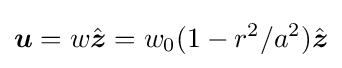
{\boldsymbol {u}}=w{\hat {\boldsymbol {z}}}=w_{0}(1-r^{2}/a^{2}){\hat {\boldsymbol {z}}}